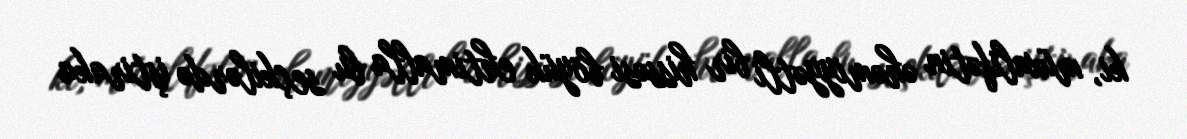
ki, müxalifətin əhəmiyyətli bir hissəsi böyük ehtimalla bu seçkilərdə iştiraka